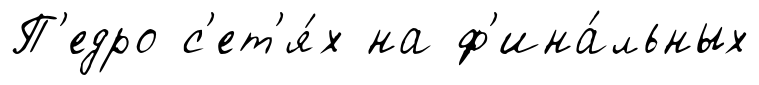
П'едро с'ет'я́х на ф'ина́льных